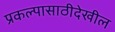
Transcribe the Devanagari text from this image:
प्रकल्पासाठीदेखील